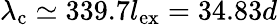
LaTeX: \lambda_{\mathrm{c}}\simeq 339.7l_{\mathrm{ex}}=34.83d